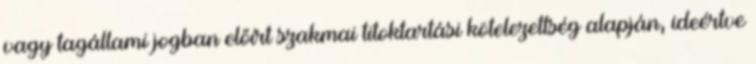
vagy tagállami jogban előírt szakmai titoktartási kötelezettség alapján, ideértve